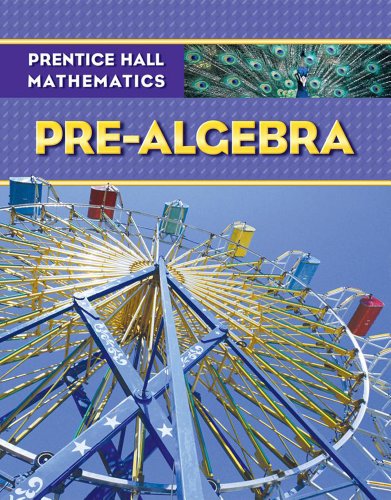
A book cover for PRENTICE HALL MATH PRE-ALGEBRA STUDENT EDITION; PRENTICE HALL; Teen & Young Adult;